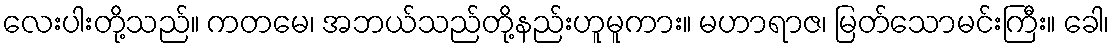
လေးပါးတို့သည်။ ကတမေ၊ အဘယ်သည်တို့နည်းဟူမူကား။ မဟာရာဇ၊ မြတ်သောမင်းကြီး။ ခေါ၊